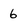
Character: 6